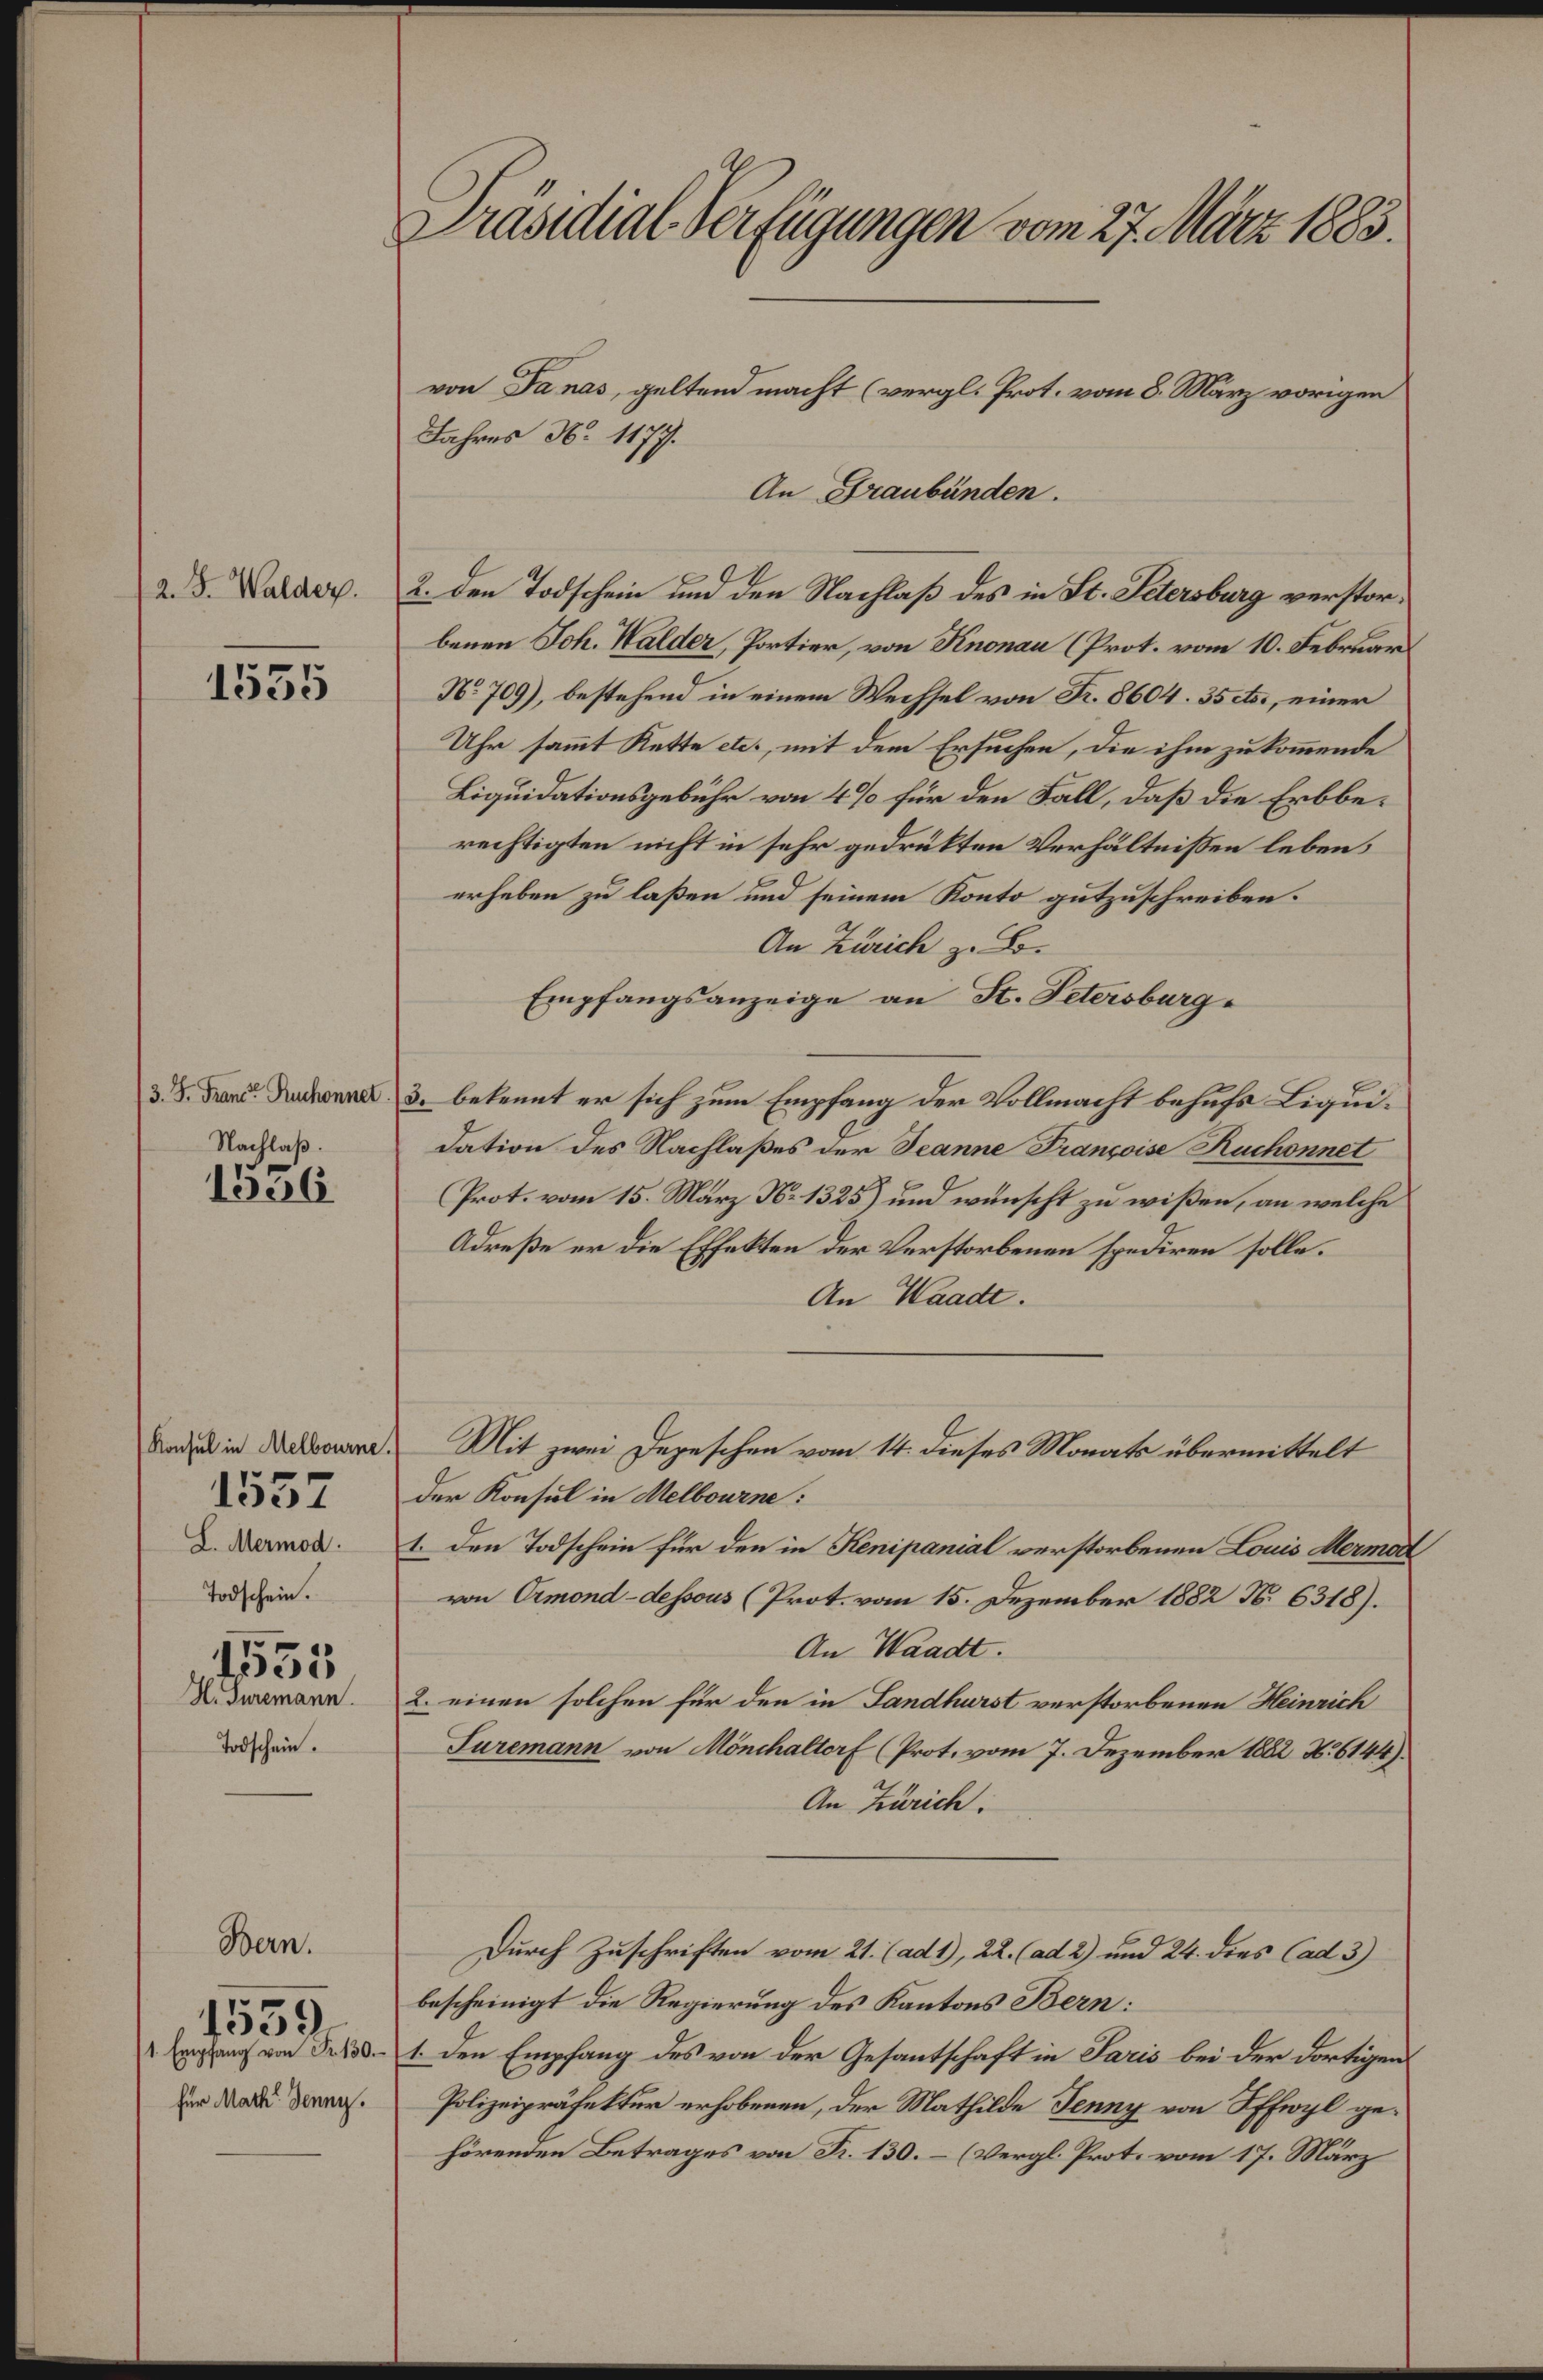
2. F. Walder.

1535

/3. S. Franct Ruchonnet
Nachlaß.

1556

Konsul in Melbourne
L. Mermod.
Todschein.
1535
H. Turemann.
Todschein.

1557

Bern.

1 Empfang von Fr. 130.
für Mach Jenny.

1539

Präsidial-Verfügungen vom 27. März 1883.

Jahres No 1177.
2. den Todschein und den Nachlaß des in St. Petersburg verstorbenen Joh. Halder, Portier, von Knonau (Prot. vom 10. Februar
No 709), bestehend in einem Wechsel von Fr. 8604. 35 etc., einer
Uhr sammt Kette etc., mit dem Ersuchen, die ihm zu kommende
Liquidationsgebühr von 4% für den Fall, daß die Erbberechtigten nicht in sehr gedrükten Verhältnissen leben.
erheben zu laßen und seinem Konto gutzuschreiben.
An Zürich z. B.
Empfangsanzeige an St. Petersburg,
3. bekennt er sich zum Empfang der Vollmacht behufs Liquidation des Nachlaßes der Jeanne Françoise Ruchonnet
Prot. vom 15. März No 1325) und wünscht zu wißen, an welche
Adreße er die Effekten der Verstorbenen spediren solle.
An Waadt.
Mit zwei Depeschen vom 14. dieses Monats übermittelt
der Konsul in Melbourne:
1. Den Todschein für den in Kenipanial verstorbenen Louis Mermort
von Ormond-dessous (Prot. vom 15. Dezember 1882 N. 6318).
An Waadt.
2. einen solchen für den in Landhurst verstorbenen Heinrich
Turemann von Mönchaltorf (Prot. vom 7. Dezember 1882 No 6144).
An Zürich.
Durch Zuschriften vom 21. (ad1), 22. (ad 2) und 24. dies Cad 3)
bescheinigt die Regierung des Kantons Bern:
1. Den Empfang des von der Gesantschaft in Paris bei der dortigen
Polizeipräfektur erhobenen, der Mathilde Jenny von Pffwyl gehörenden Betrages von Fr. 130. – (Vergl. Prot. vom 17. März

von Danas, geltend macht (vergl. Prot. vom 8. März vorigen
An Graubünden.